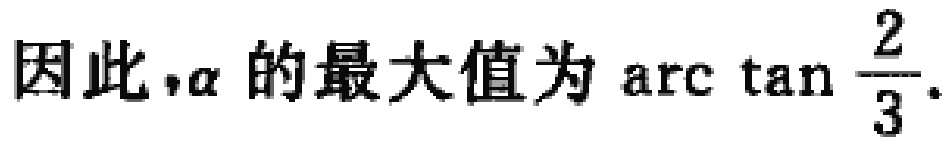
因此，\(\alpha\) 的最大值为 \(\arctan \frac{2}{3}\).